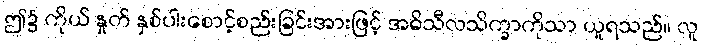
ဤ၌ ကိုယ် နှုတ် နှစ်ပါးစောင့်စည်းခြင်းအားဖြင့် အဓိသီလသိက္ခာကိုသာ ယူရသည်။ လူ